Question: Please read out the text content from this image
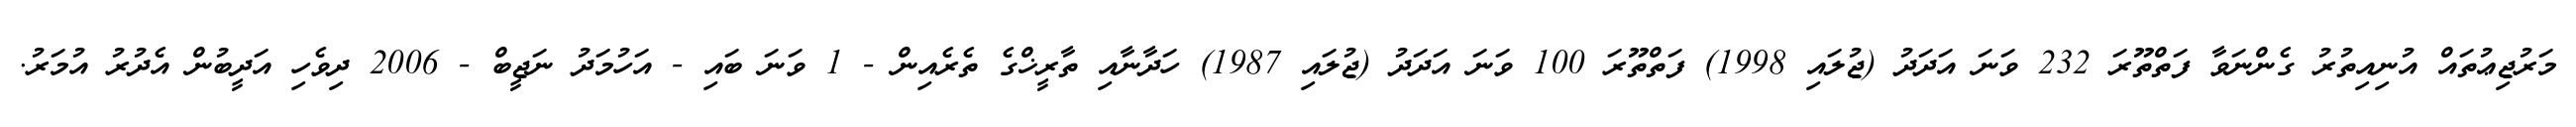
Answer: މަރުޖިޢުތައް އުނިއިތުރު ގެންނަވާ ފަތްތޫރަ 232 ވަނަ އަދަދު (ޖުލައި 1998) ފަތްތޫރަ 100 ވަނަ އަދަދު (ޖުލައި 1987) ހަދާނާއި ތާރީޚްގެ ތެރެއިން - 1 ވަނަ ބައި - އަހުމަދު ނަޖީބް - 2006 ދިވެހި އަދީބުން އެދުރު އުމަރު.